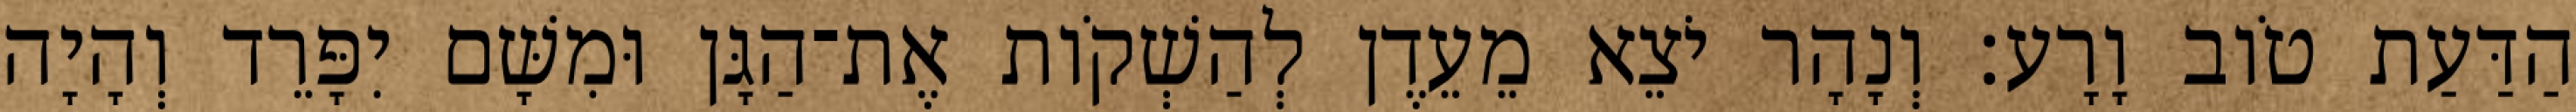
הַדַּעַת טֹוב וָרָע׃ וְנָהָר יֹצֵא מֵעֵדֶן לְהַשְׁקֹות אֶת־הַגָּן וּמִשָּׁם יִפָּרֵד וְהָיָה